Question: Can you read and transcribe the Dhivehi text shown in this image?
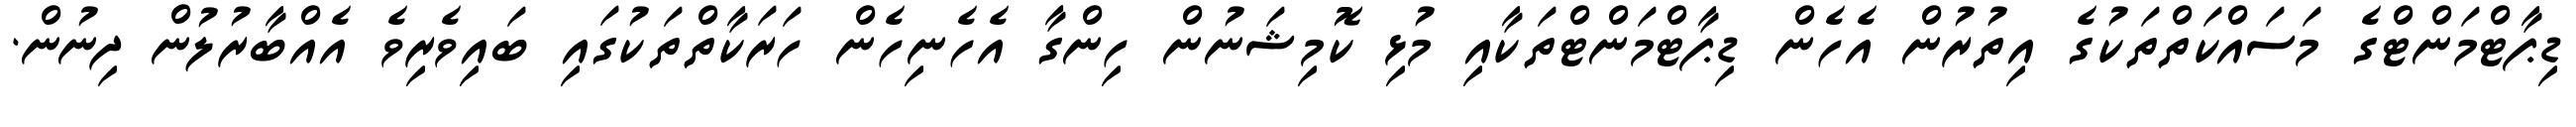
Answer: ޑިޕާޓްމަންޓްގެ މަސައްކަތްތަކުގެ އިތުރުން އެހެން ޑިޕާޓްމަންޓްތަކާއި މުޅި ކޮމިޝަނުން ހިންގާ އެހެނިހެން ހަރަކާތްތަކުގައި ބައިވެރިވެ އެއްބާރުލުން ދިނުން.